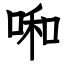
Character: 啝